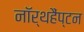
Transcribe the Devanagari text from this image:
नॉर्थहैंप्टन